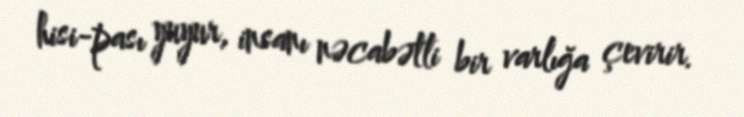
hisi-pası yuyur, insanı nəcabətli bir varlığa çevirir.